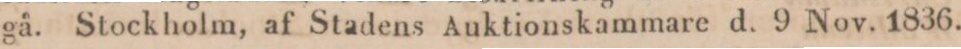
gå. Stockholm, af Stadens Auktionskammare d. 9 Nov. 1836.